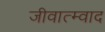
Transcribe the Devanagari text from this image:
जीवात्म्वाद